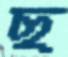
ছ